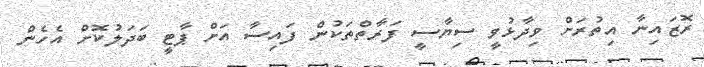
ރޮޒައިނާ އިތުރަށް ވިދާޅުވީ ސިޔާސީ ފަރާތްތަކުން ފައިސާ އަށް ޕާޓީ ބަދަލުކޮށް އެހެން